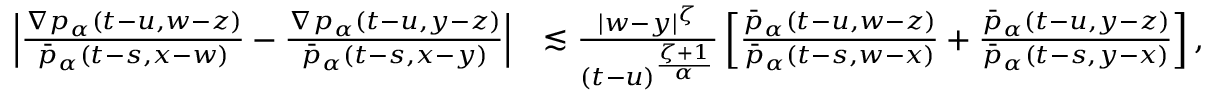
\begin{array} { r l } { \left| \frac { \nabla p _ { \alpha } ( t - u , w - z ) } { \bar { p } _ { \alpha } ( t - s , x - w ) } - \frac { \nabla p _ { \alpha } ( t - u , y - z ) } { \bar { p } _ { \alpha } ( t - s , x - y ) } \right| } & { \lesssim \frac { | w - y | ^ { \zeta } } { ( t - u ) ^ { \frac { \zeta + 1 } { \alpha } } } \left[ \frac { \bar { p } _ { \alpha } ( t - u , w - z ) } { \bar { p } _ { \alpha } ( t - s , w - x ) } + \frac { \bar { p } _ { \alpha } ( t - u , y - z ) } { \bar { p } _ { \alpha } ( t - s , y - x ) } \right] , } \end{array}